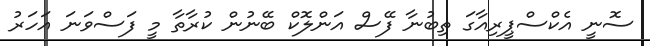
ސޮނީ އެކްސްޕީރިއާގަ ތިބުނާ ފޭސް އަންލޮކް ބޭނުން ކުރާތާ މީ ފަސްވަނަ އަހަރު